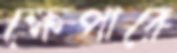
ক্ষেপারে